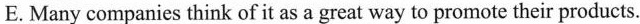
E.Many companies think of it as a great way to promote their products.